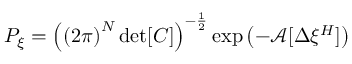
P _ { \xi } = \left( \left( 2 \pi \right) ^ { N } \operatorname* { d e t } [ C ] \right) ^ { - \frac { 1 } { 2 } } \exp \left( - \mathcal { A } [ \Delta \xi ^ { H } ] \right)